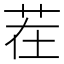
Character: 茬